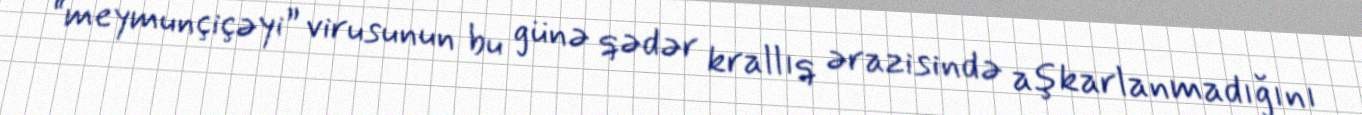
“meymunçiçəyi” virusunun bu günə qədər krallıq ərazisində aşkarlanmadığını